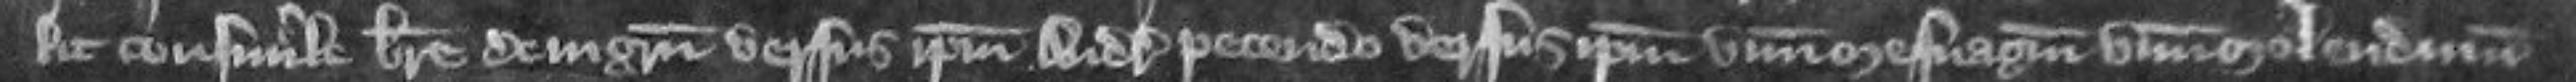
lit consimile breve de ingressu versus ipsum Andream petendo versus ipsum unum messuagium unum molendinum